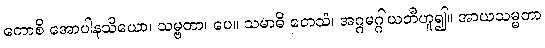
ကောစိ အောပါနသိယော၊ သမ္ဗတာ၊ ပေ။ သမာဓိ တေသံ၊ အဂ္ဂမဂ္ဂါယတီဟူ၍။ အာယသမ္မတာ